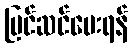
ပြင်ဆင်ပေးရန်